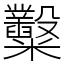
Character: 糳